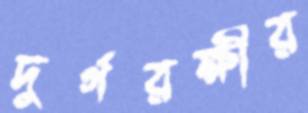
দুর্গরক্ষীর